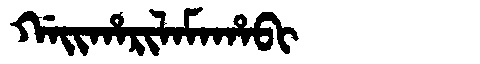
Manchu: ᡤᠠᡳᡥᠠᡵᡳᠯᠠᠮᠠᡥᠠᠪᡳ
Romanization: GAIHARILAMAHABI